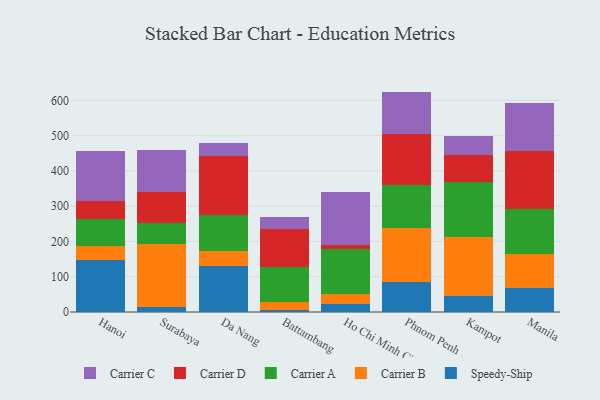
{"axis": {"x": "City", "y": "Inventory Turnover"}, "legend": ["Carrier A", "Carrier B", "Carrier C", "Carrier D", "Speedy-Ship"], "data": [{"x": "Hanoi", "y": 148.2, "type": "Speedy-Ship"}, {"x": "Hanoi", "y": 38.7, "type": "Carrier B"}, {"x": "Hanoi", "y": 77.7, "type": "Carrier A"}, {"x": "Hanoi", "y": 49.4, "type": "Carrier D"}, {"x": "Hanoi", "y": 142.5, "type": "Carrier C"}, {"x": "Surabaya", "y": 13.2, "type": "Speedy-Ship"}, {"x": "Surabaya", "y": 179.8, "type": "Carrier B"}, {"x": "Surabaya", "y": 59.1, "type": "Carrier A"}, {"x": "Surabaya", "y": 87.5, "type": "Carrier D"}, {"x": "Surabaya", "y": 120.9, "type": "Carrier C"}, {"x": "Da Nang", "y": 131.6, "type": "Speedy-Ship"}, {"x": "Da Nang", "y": 41.5, "type": "Carrier B"}, {"x": "Da Nang", "y": 102.3, "type": "Carrier A"}, {"x": "Da Nang", "y": 165.7, "type": "Carrier D"}, {"x": "Da Nang", "y": 37.9, "type": "Carrier C"}, {"x": "Battambang", "y": 5.7, "type": "Speedy-Ship"}, {"x": "Battambang", "y": 22.1, "type": "Carrier B"}, {"x": "Battambang", "y": 100.9, "type": "Carrier A"}, {"x": "Battambang", "y": 105.3, "type": "Carrier D"}, {"x": "Battambang", "y": 35.2, "type": "Carrier C"}, {"x": "Ho Chi Minh City", "y": 23.1, "type": "Speedy-Ship"}, {"x": "Ho Chi Minh City", "y": 27.3, "type": "Carrier B"}, {"x": "Ho Chi Minh City", "y": 127.3, "type": "Carrier A"}, {"x": "Ho Chi Minh City", "y": 11.4, "type": "Carrier D"}, {"x": "Ho Chi Minh City", "y": 151.5, "type": "Carrier C"}, {"x": "Phnom Penh", "y": 85.2, "type": "Speedy-Ship"}, {"x": "Phnom Penh", "y": 152.5, "type": "Carrier B"}, {"x": "Phnom Penh", "y": 121.0, "type": "Carrier A"}, {"x": "Phnom Penh", "y": 145.0, "type": "Carrier D"}, {"x": "Phnom Penh", "y": 121.2, "type": "Carrier C"}, {"x": "Kampot", "y": 44.2, "type": "Speedy-Ship"}, {"x": "Kampot", "y": 168.8, "type": "Carrier B"}, {"x": "Kampot", "y": 156.6, "type": "Carrier A"}, {"x": "Kampot", "y": 76.6, "type": "Carrier D"}, {"x": "Kampot", "y": 51.7, "type": "Carrier C"}, {"x": "Manila", "y": 69.0, "type": "Speedy-Ship"}, {"x": "Manila", "y": 95.9, "type": "Carrier B"}, {"x": "Manila", "y": 126.7, "type": "Carrier A"}, {"x": "Manila", "y": 165.8, "type": "Carrier D"}, {"x": "Manila", "y": 134.0, "type": "Carrier C"}]}